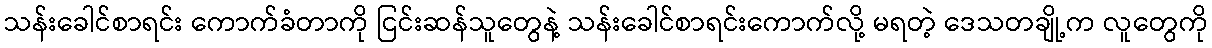
သန်းခေါင်စာရင်း ကောက်ခံတာကို ငြင်းဆန်သူတွေနဲ့ သန်းခေါင်စာရင်းကောက်လို့ မရတဲ့ ဒေသတချို့က လူတွေကို